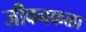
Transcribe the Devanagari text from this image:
जीवनकळा